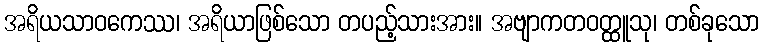
အရိယသာဝကေဿ၊ အရိယာဖြစ်သော တပည့်သားအား။ အဗျာကတဝတ္ထူသု၊ တစ်ခုသော